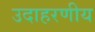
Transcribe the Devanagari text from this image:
उदाहरणीय